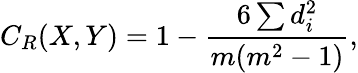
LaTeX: C_{R}(X,Y)=1-\frac{6\sum d_{i}^{2}}{m(m^{2}-1)},